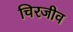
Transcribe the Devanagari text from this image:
चिरजीव